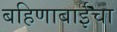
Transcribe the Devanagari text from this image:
बहिणाबाईचा